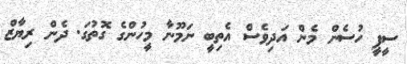
ސީޕީ ހުސެން މެން އަދިވެސް އެތިބީ ނަމޫނާ މީހުންގެ ގޮތުގަ. ދެން ރިޔާޒް